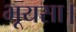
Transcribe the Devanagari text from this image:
भूयसा।